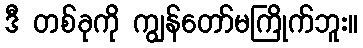
ဒီ တစ်ခုကို ကျွန်တော်မကြိုက်ဘူး။